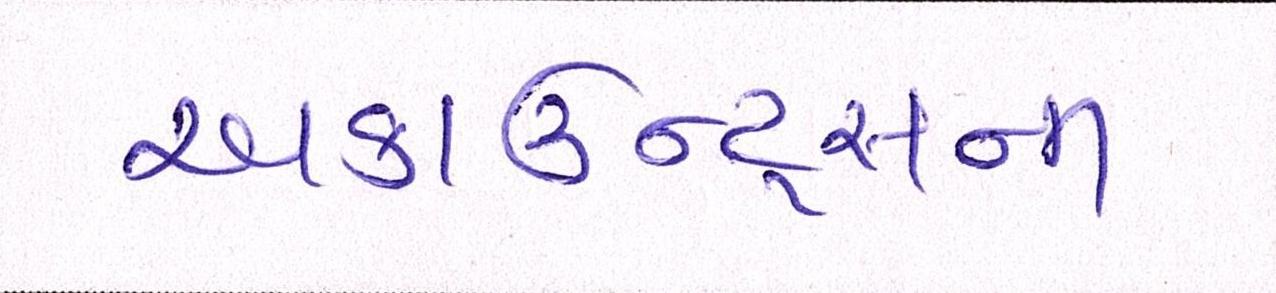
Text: અકાઉન્ટ્સની